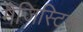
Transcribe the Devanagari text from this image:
मैजिस्टिक